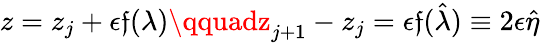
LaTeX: z=z_{j}+\epsilon\mathfrak{f}(\lambda)\qquadz_{j+1}-z_{j}=\epsilon\mathfrak{f}(\hat{{\lambda}})\equiv2\epsilon\hat{{\eta}}